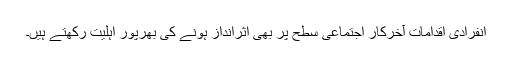
انفرادی اقدامات آخرکار اجتماعی سطح پر بھی اثرانداز ہونے کی بھرپور اہلیت رکھتے ہیں۔